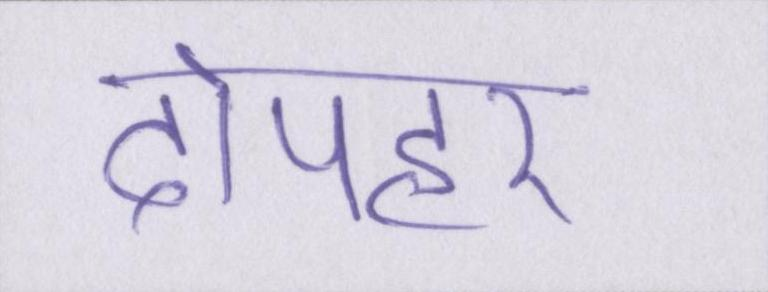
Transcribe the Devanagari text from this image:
दोपहर